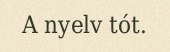
A nyelv tót.